Sketch of the medical history of the native army of Bombay, for the year
Year: 1872
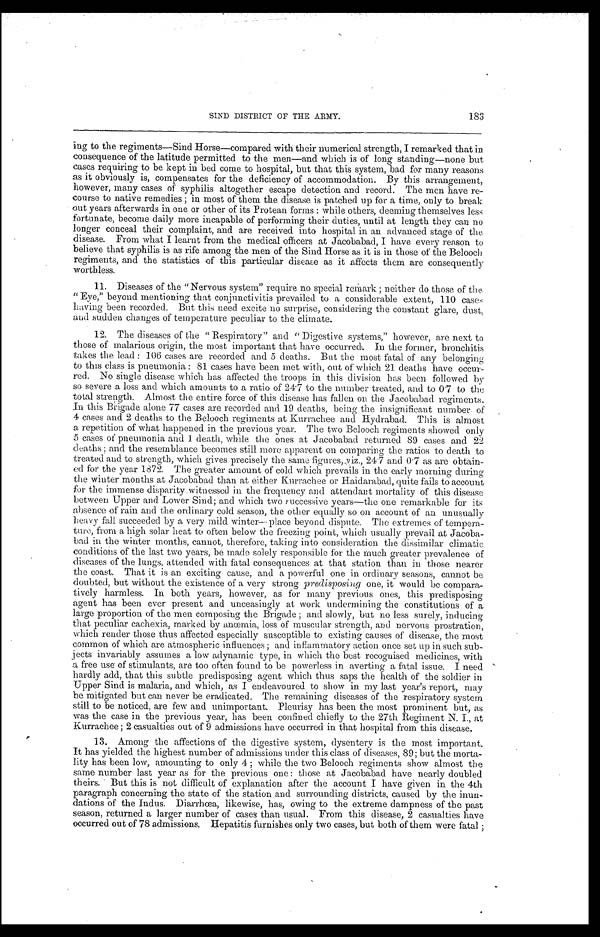
183
SIND DISTRICT OF THE ARMY.
ing to the regiments—Sind Horse—compared with their numerical strength, I remarked that in
consequence of the latitude permitted to the men—and which is of long standing—none but
cases requiring to be kept in bed come to hospital, but that this system, bad for many reasons
as it obviously is, compensates for the deficiency of accommodation. By this arrangement,
however, many cases of syphilis altogether escape detection and record. The men have re-
course to native remedies; in most of them the disease is patched up for a time, only to break
out years afterwards in one or other of its Protean forms: while others, deeming themselves less
fortunate, become daily more incapable of performing their duties, until at length they can no
longer conceal their complaint, and are received into hospital in an advanced stage of the
disease. From what I learnt from the medical officers at Jacobabad, I have every reason to
believe that syphilis is as rife among the men of the Sind Horse as it is in those of the Belooch
regiments, and the statistics of this particular disease as it affects them are consequently
worthless.
11. Diseases of the "Nervous system" require no special remark; neither do those of the
"Eye," beyond mentioning that conjunctivitis prevailed to a considerable extent, 110 cases
having been recorded. But this need excite no surprise, considering the constant glare, dust,
and sudden changes of temperature peculiar to the climate.
12. The diseases of the " Respiratory" and "Digestive systems," however, are next to
those of malarious origin, the most important that have occurred. In the former, bronchitis
takes the lead: 106 cases are recorded and 5 deaths. But the most fatal of any belonging
to this class is pneumonia: 81 cases have been met with, out of which 21 deaths have occur-
red. No single disease which has affected the troops in this division has been followed by
so severe a loss and which amounts to a ratio of 24.7 to the number treated, and to 0.7 to the
total strength. Almost the entire force of this disease has fallen on the Jacobabad regiments.
In this Brigade alone 77 cases are recorded and 19 deaths, being the insignificant number of
4 cases and 2 deaths to the Belooch regiments at Kurrachee and Hydrabad. This is almost
a repetition of what happened in the previous year. The two Belooch regiments showed only
5 cases of pneumonia and 1 death, while the ones at Jacobabad returned 89 cases and 22
d e a t h s ; a n d t h e r e s e m b l a n c e b e c o m e s s t i l l m o r e a p p a r e n t o n c o m p a r i n g t h e r a t i o s t o d e a t h t o
treated and to strength, which gives precisely the same figures, viz., 24 . 7 and 0 . 7 as are obtain-
ed for the year 1872. The greater amount of cold which prevails in the early morning during
the winter months at Jacobabad than at either Kurrachee or Haidarabad, quite fails to account
for the immense disparity witnessed in the frequency and attendant mortality of this disease
between Upper and Lower Sind; and which two successive years—the one remarkable for its
absence of rain and the ordinary cold season, the other equally so on account of an unusually
heavy fall succeeded by a very mild winter—place beyond dispute. The extremes of tempera-
ture, from a high solar heat to often below the freezing point, which usually prevail at Jacoba-
bad in the winter months, cannot, therefore, taking into consideration the dissimilar climatic
conditions of the last two years, be made solely responsible for the much greater prevalence of
diseases of the lungs, attended with fatal consequences at that station than in those nearer
the coast. That it is an exciting cause, and a powerful one in ordinary seasons, cannot be
doubted, but without the existence of a very strong predisposing one, it would be compara-
tively harmless. In both years, however, as for many previous ones, this predisposing
agent has been ever present and unceasingly at work undermining the constitutions of a
large proportion of the men composing the Brigade; and slowly, but no less surely, inducing
that peculiar cachexia, marked by anœmia, loss of muscular strength, and nervous prostration,
which render those thus affected especially susceptible to existing causes of disease, the most
common of which are atmospheric influences; and inflammatory action once set up in such sub-
jects invariably assumes a low adynamic type, in which the best recognised medicines, with
a free use of stimulants, are too often found to be powerless in averting a fatal issue. I need
hardly add, that this subtle predisposing agent which thus saps the health of the soldier in
Upper Sind is malaria, and which, as I endeavoured to show in my last year's report, may
be mitigated but can never be eradicated. The remaining diseases of the respiratory system
still to be noticed, are few and unimportant. Pleurisy has been the most prominent but, as
was the case in the previous year, has been confined chiefly to the 27th Regiment N. I., at
Kurrachee; 2 casualties out of 9 admissions have occurred in that hospital from this disease.
13. Among the affections of the digestive system, dysentery is the most important.
It has yielded the highest number of admissions under this class of diseases, 89; but the morta-
lity has been low, amounting to only 4; while the two Belooch regiments show almost the
same number last year as for the previous one: those at Jacobabad have nearly doubled
theirs. But this is not difficult of explanation after the account I have given in the 4th
paragraph concerning the state of the station and surrounding districts, caused by the inun-
dations of the Indus. Diarrhœa, likewise, has, owing to the extreme dampness of the past
season, returned a larger number of cases than usual. From this disease, 2 casualties have
occurred out of 78 admissions. Hepatitis furnishes only two cases, but both of them were fatal;